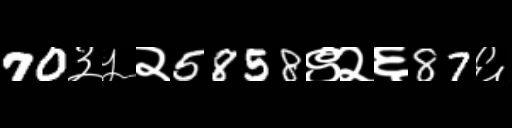
Text: 70३५२5858९२६87६